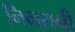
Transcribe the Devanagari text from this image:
निमरानी